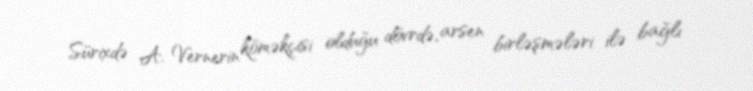
Sürixdə A. Vernerin köməkçisi olduğu dövrdə, arsen birləşmələri ilə bağlı